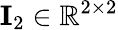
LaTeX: \mathbf{I}_{2}\in\mathbb{R}^{2\times 2}